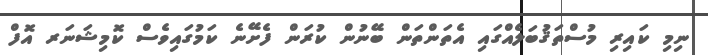
ނިމި ކައިރި މުސްތަޤުބަލެއްގައި އެތަންތަން ބޭނުން ކުރަން ފެށޭނެ ކަމުގައިވެސް ކޮމިޝަނަރ އޮފް